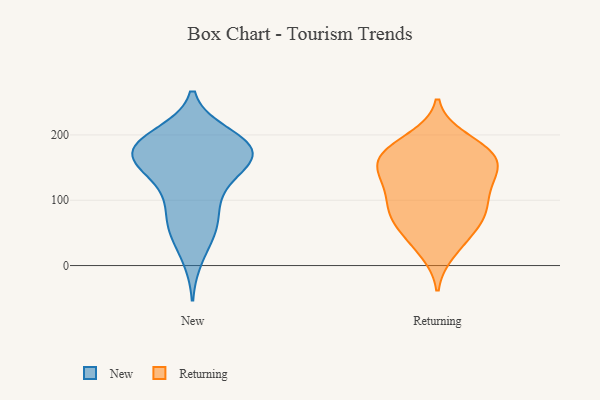
{"axis": {"x": "Energy Usage (MWh)", "y": "Value"}, "legend": ["New", "Returning"], "data": [{"x": "", "y": 54, "type": "New"}, {"x": "", "y": 181, "type": "New"}, {"x": "", "y": 13, "type": "New"}, {"x": "", "y": 197, "type": "New"}, {"x": "", "y": 167, "type": "New"}, {"x": "", "y": 123, "type": "New"}, {"x": "", "y": 170, "type": "New"}, {"x": "", "y": 177, "type": "New"}, {"x": "", "y": 112, "type": "New"}, {"x": "", "y": 147, "type": "New"}, {"x": "", "y": 177, "type": "New"}, {"x": "", "y": 179, "type": "New"}, {"x": "", "y": 85, "type": "New"}, {"x": "", "y": 189, "type": "New"}, {"x": "", "y": 200, "type": "New"}, {"x": "", "y": 66, "type": "New"}, {"x": "", "y": 56, "type": "New"}, {"x": "", "y": 158, "type": "New"}, {"x": "", "y": 153, "type": "New"}, {"x": "", "y": 163, "type": "Returning"}, {"x": "", "y": 22, "type": "Returning"}, {"x": "", "y": 137, "type": "Returning"}, {"x": "", "y": 154, "type": "Returning"}, {"x": "", "y": 35, "type": "Returning"}, {"x": "", "y": 82, "type": "Returning"}, {"x": "", "y": 164, "type": "Returning"}, {"x": "", "y": 153, "type": "Returning"}, {"x": "", "y": 129, "type": "Returning"}, {"x": "", "y": 119, "type": "Returning"}, {"x": "", "y": 86, "type": "Returning"}, {"x": "", "y": 194, "type": "Returning"}, {"x": "", "y": 79, "type": "Returning"}, {"x": "", "y": 118, "type": "Returning"}, {"x": "", "y": 178, "type": "Returning"}, {"x": "", "y": 55, "type": "Returning"}, {"x": "", "y": 89, "type": "Returning"}, {"x": "", "y": 168, "type": "Returning"}, {"x": "", "y": 66, "type": "Returning"}, {"x": "", "y": 184, "type": "Returning"}]}